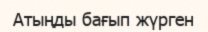
Атыңды бағып жүрген